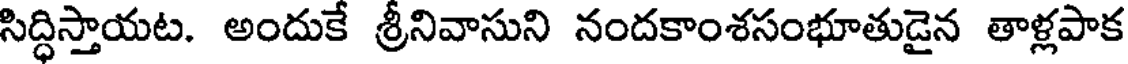
సిద్ధిస్తాయట. అందుకే శ్రీనివాసుని నందకాంశసంభూతుడైన తాళ్లపాక